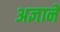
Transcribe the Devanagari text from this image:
अज्ञानें